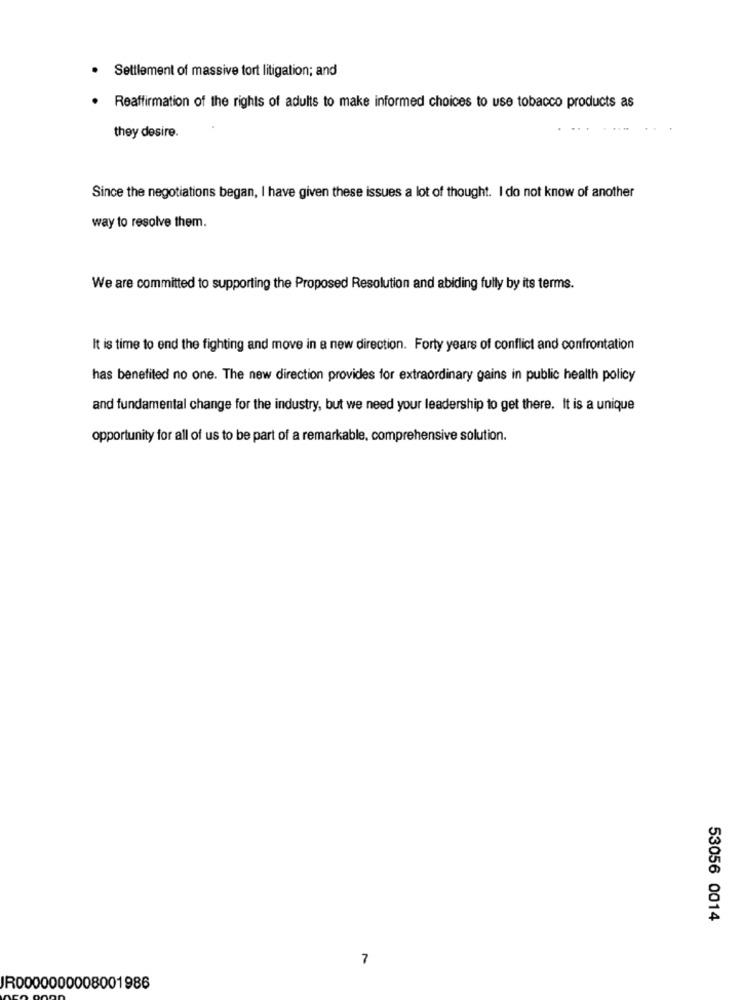
Settlement of massive tort litigation; and
Reaffirmation of the rights of adults to make informed choices to use tobacco products as
they desire.
Since the negotiations began, I have given these issues a lot of thought. I do not know of another
way to resolve them.
We are committed to supporting the Proposed Resolution and abiding fully by its terms.
It is time to end the fighting and move in a new direction. Forty years of conflict and confrontation
has benefited no one. The new direction provides for extraordinary gains in public health policy
and fundamental change for the industry, but we need your leadership to get there. It is a unique
opportunity for all of us to be part of a remarkable, comprehensive solution.
53056 0014
7
JR0000000008001986